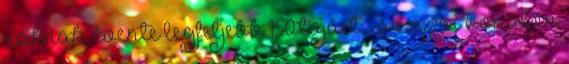
raknak, évente legfeljebb 150 tojást; ; az apai vonalon